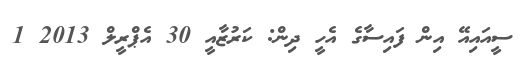
ސީއައިއޭ އިން ފައިސާގެ އެހީ ދިން: ކަރުޒާއީ 30 އެޕްރީލް 2013 1